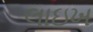
લાઇખ